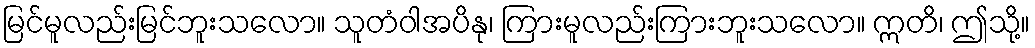
မြင်မူလည်းမြင်ဘူးသလော။ သူတံဝါအပိနု၊ ကြားမူလည်းကြားဘူးသလော။ ဣတိ၊ ဤသို့။